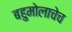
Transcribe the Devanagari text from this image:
बहुमोलाचेच